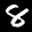
Label: 8